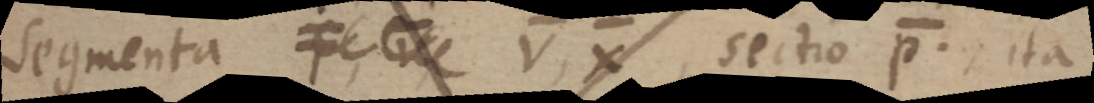
segmenta _ V, X, sectio p., ita